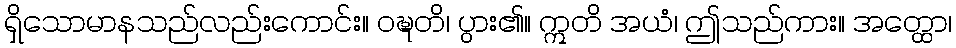
ရှိသောမာနသည်လည်းကောင်း။ ဝဍ္ဎတိ၊ ပွား၏။ ဣတိ အယံ၊ ဤသည်ကား။ အတ္ထော၊